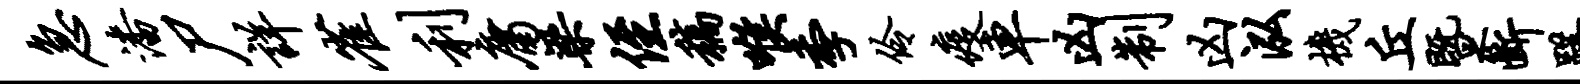
急潘尸详雀利庸梁侄稿喉季伶疫车凶制凶泓机丘暨断躇